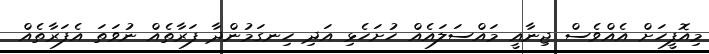
މިއޮފީހަށް އެއްވެސް ޖިނާއީ މައްސަލައެއް ހުށަހެޅި އަދި ހިނގަމުންދާ ފަރާތެއް ނުވަތަ އެފަރާތެއް